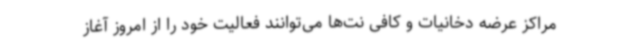
مراکز عرضه دخانیات و کافی نت‌ها می‌توانند فعالیت خود را از امروز آغاز